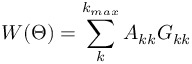
W ( \Theta ) = \sum _ { k } ^ { k _ { m a x } } A _ { k k } G _ { k k }